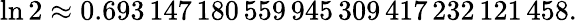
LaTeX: \ln 2\approx 0.693\, 147\, 180\, 559\, 945\, 309\, 417\, 232\, 121\, 458.